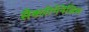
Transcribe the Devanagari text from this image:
सैक्लोगेनेसिस